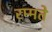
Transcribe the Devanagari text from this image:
रम्मते